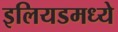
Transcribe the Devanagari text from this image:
इलियडमध्ये